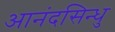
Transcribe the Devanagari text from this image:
आनंदसिन्धु